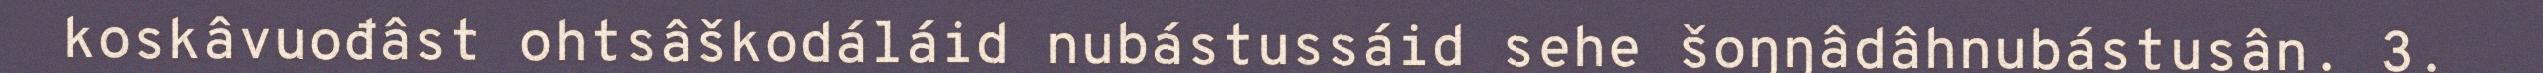
koskâvuođâst ohtsâškodáláid nubástussáid sehe šoŋŋâdâhnubástusân. 3.